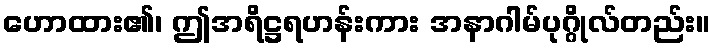
ဟောထား၏၊ ဤအရိဋ္ဌရဟန်းကား အနာဂါမ်ပုဂ္ဂိုလ်တည်း။